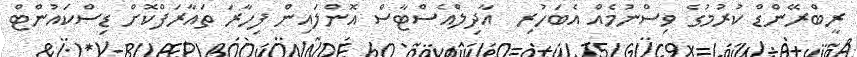
ރީބްރޭންޑް ކުރުމުގެ ވިސްނުމެއް އެބަހުރި  އާދިލްއެސްޓާސް އޮންލައިން ފިހާރަ ތައާރަފްކޮށް ޑިސްކައުންޓް